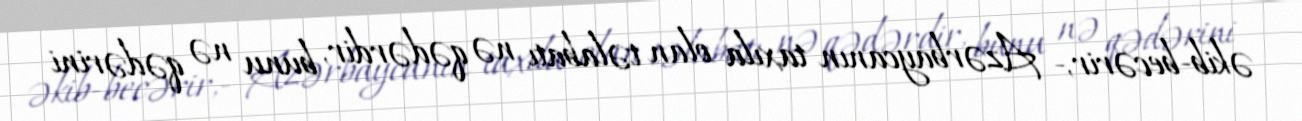
əkib-becərir,- Azərbaycanın taxıla olan təlabatı nə qədərdir, bunu nə qədərini